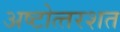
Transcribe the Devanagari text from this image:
अष्‍टोत्‍तरशत